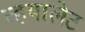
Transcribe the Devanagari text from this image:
व्हयालेट